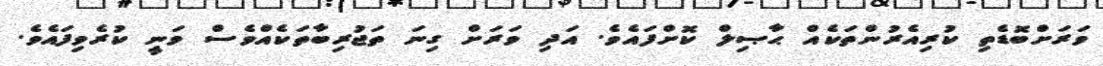
ވަރަށްބޮޑެތި ކުރިއެރުންތަކެއް ޙާޞިލް ކޮށްފައެވެ. އަދި ވަރަށް ގިނަ ތަޖުރިބާތަކެއްވެސް ވަނީ ކުރެވިފައެވެ.